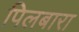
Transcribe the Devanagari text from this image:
पिलबारा